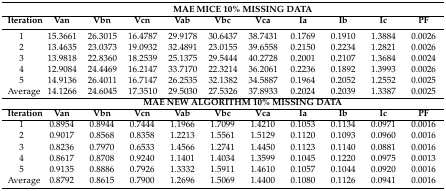
<table><thead><tr><td></td><td colspan="10"><b>MAE MICE 10% MISSING DATA</b></td></tr><tr><td><b>Iteration</b></td><td><b>Van</b></td><td><b>Vbn</b></td><td><b>Vcn</b></td><td><b>Vab</b></td><td><b>Vbc</b></td><td><b>Vca</b></td><td><b>Ia</b></td><td><b>Ib</b></td><td><b>Ic</b></td><td><b>PF</b></td></tr></thead><tbody><tr><td>1</td><td>15.3661</td><td>26.3015</td><td>16.4787</td><td>29.9178</td><td>30.6437</td><td>38.7431</td><td>0.1769</td><td>0.1910</td><td>1.3884</td><td>0.0026</td></tr><tr><td>2</td><td>13.4635</td><td>23.0373</td><td>19.0932</td><td>32.4891</td><td>23.0155</td><td>39.6558</td><td>0.2150</td><td>0.2234</td><td>1.2821</td><td>0.0026</td></tr><tr><td>3</td><td>13.9818</td><td>22.8360</td><td>18.2539</td><td>25.1375</td><td>29.5444</td><td>40.2728</td><td>0.2001</td><td>0.2107</td><td>1.3684</td><td>0.0024</td></tr><tr><td>4</td><td>12.9084</td><td>24.4469</td><td>16.2147</td><td>33.7170</td><td>22.3214</td><td>36.2061</td><td>0.2236</td><td>0.1892</td><td>1.3993</td><td>0.0026</td></tr><tr><td>5</td><td>14.9136</td><td>26.4011</td><td>16.7147</td><td>26.2535</td><td>32.1382</td><td>34.5887</td><td>0.1964</td><td>0.2052</td><td>1.2552</td><td>0.0025</td></tr><tr><td>Average</td><td>14.1266</td><td>24.6045</td><td>17.3510</td><td>29.5030</td><td>27.5326</td><td>37.8933</td><td>0.2024</td><td>0.2039</td><td>1.3387</td><td>0.0025</td></tr><tr><td></td><td colspan="10"><b>MAE NEW ALGORITHM 10% MISSING DATA</b></td></tr><tr><td><b>Iteration</b></td><td><b>Van</b></td><td><b>Vbn</b></td><td><b>Vcn</b></td><td><b>Vab</b></td><td><b>Vbc</b></td><td><b>Vca</b></td><td><b>Ia</b></td><td><b>Ib</b></td><td><b>Ic</b></td><td><b>PF</b></td></tr><tr><td>1</td><td>0.8954</td><td>0.8944</td><td>0.7444</td><td>1.1966</td><td>1.7099</td><td>1.4210</td><td>0.1053</td><td>0.1134</td><td>0.0971</td><td>0.0016</td></tr><tr><td>2</td><td>0.9017</td><td>0.8568</td><td>0.8358</td><td>1.2213</td><td>1.5561</td><td>1.5129</td><td>0.1120</td><td>0.1093</td><td>0.0960</td><td>0.0016</td></tr><tr><td>3</td><td>0.8236</td><td>0.7970</td><td>0.6533</td><td>1.4566</td><td>1.2741</td><td>1.4450</td><td>0.1123</td><td>0.1140</td><td>0.0881</td><td>0.0016</td></tr><tr><td>4</td><td>0.8617</td><td>0.8708</td><td>0.9240</td><td>1.1401</td><td>1.4034</td><td>1.3599</td><td>0.1045</td><td>0.1220</td><td>0.0975</td><td>0.0013</td></tr><tr><td>5</td><td>0.9135</td><td>0.8886</td><td>0.7926</td><td>1.3332</td><td>1.5911</td><td>1.4610</td><td>0.1057</td><td>0.1044</td><td>0.0920</td><td>0.0016</td></tr><tr><td>Average</td><td>0.8792</td><td>0.8615</td><td>0.7900</td><td>1.2696</td><td>1.5069</td><td>1.4400</td><td>0.1080</td><td>0.1126</td><td>0.0941</td><td>0.0016</td></tr></tbody></table>